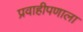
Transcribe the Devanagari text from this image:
प्रवाहीपणाला